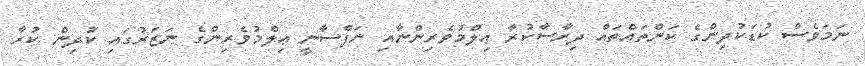
ނަމަވެސް ކުޑަކުދިންގެ ކަންތައްތައް ދިރާސާކުރާ ޢިލްމުވެރިންނާއި ނަފްސާނީ ޢިލްމުވެރިންގެ ނަޒަރުގައި ކުދިން ކުރާ